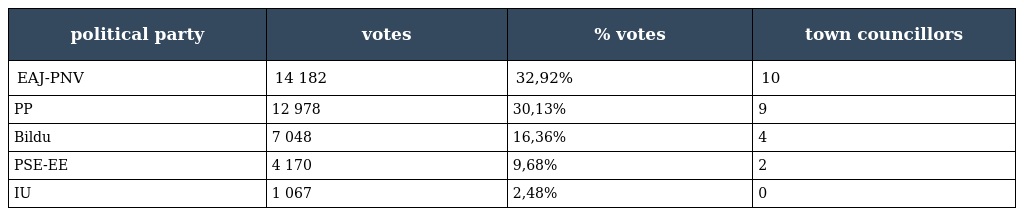
| political party | votes | % votes | town councillors |
 | --- | --- | --- | --- |
 | EAJ-PNV | 14 182 | 32,92% | 10 |
 | PP | 12 978 | 30,13% | 9 |
 | Bildu | 7 048 | 16,36% | 4 |
 | PSE-EE | 4 170 | 9,68% | 2 |
 | IU | 1 067 | 2,48% | 0 |